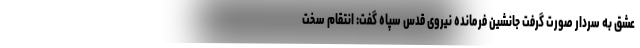
عشق به سردار صورت گرفت جانشین فرمانده نیروی قدس سپاه گفت: انتقام سخت